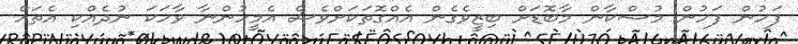
ފަހުން ފަހުން މުސްކާން މާބޮޑަށް ބިޒީވެގެން އެއްގޮތަކަށްވެސް އެމީހުންނާ ވާހަކަ ނުދެއްކި އެތައް